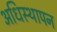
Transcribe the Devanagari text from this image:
अधिस्थापन